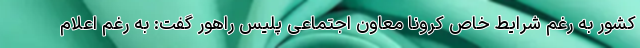
کشور به رغم شرایط خاص کرونا معاون اجتماعی پلیس راهور گفت: به رغم اعلام